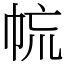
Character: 㡆